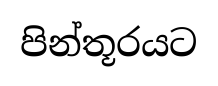
පින්තූරයට